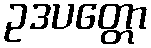
ဥဒပတ္တော